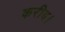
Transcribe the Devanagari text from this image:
करीब।